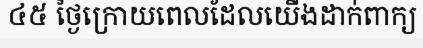
៤៥ ថ្ងៃក្រោយពេលដែលយើងដាក់ពាក្យ